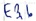
Text: E3.6